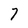
Character: 7